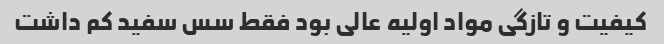
کیفیت و تازگی مواد اولیه عالی بود فقط سس سفید کم داشت